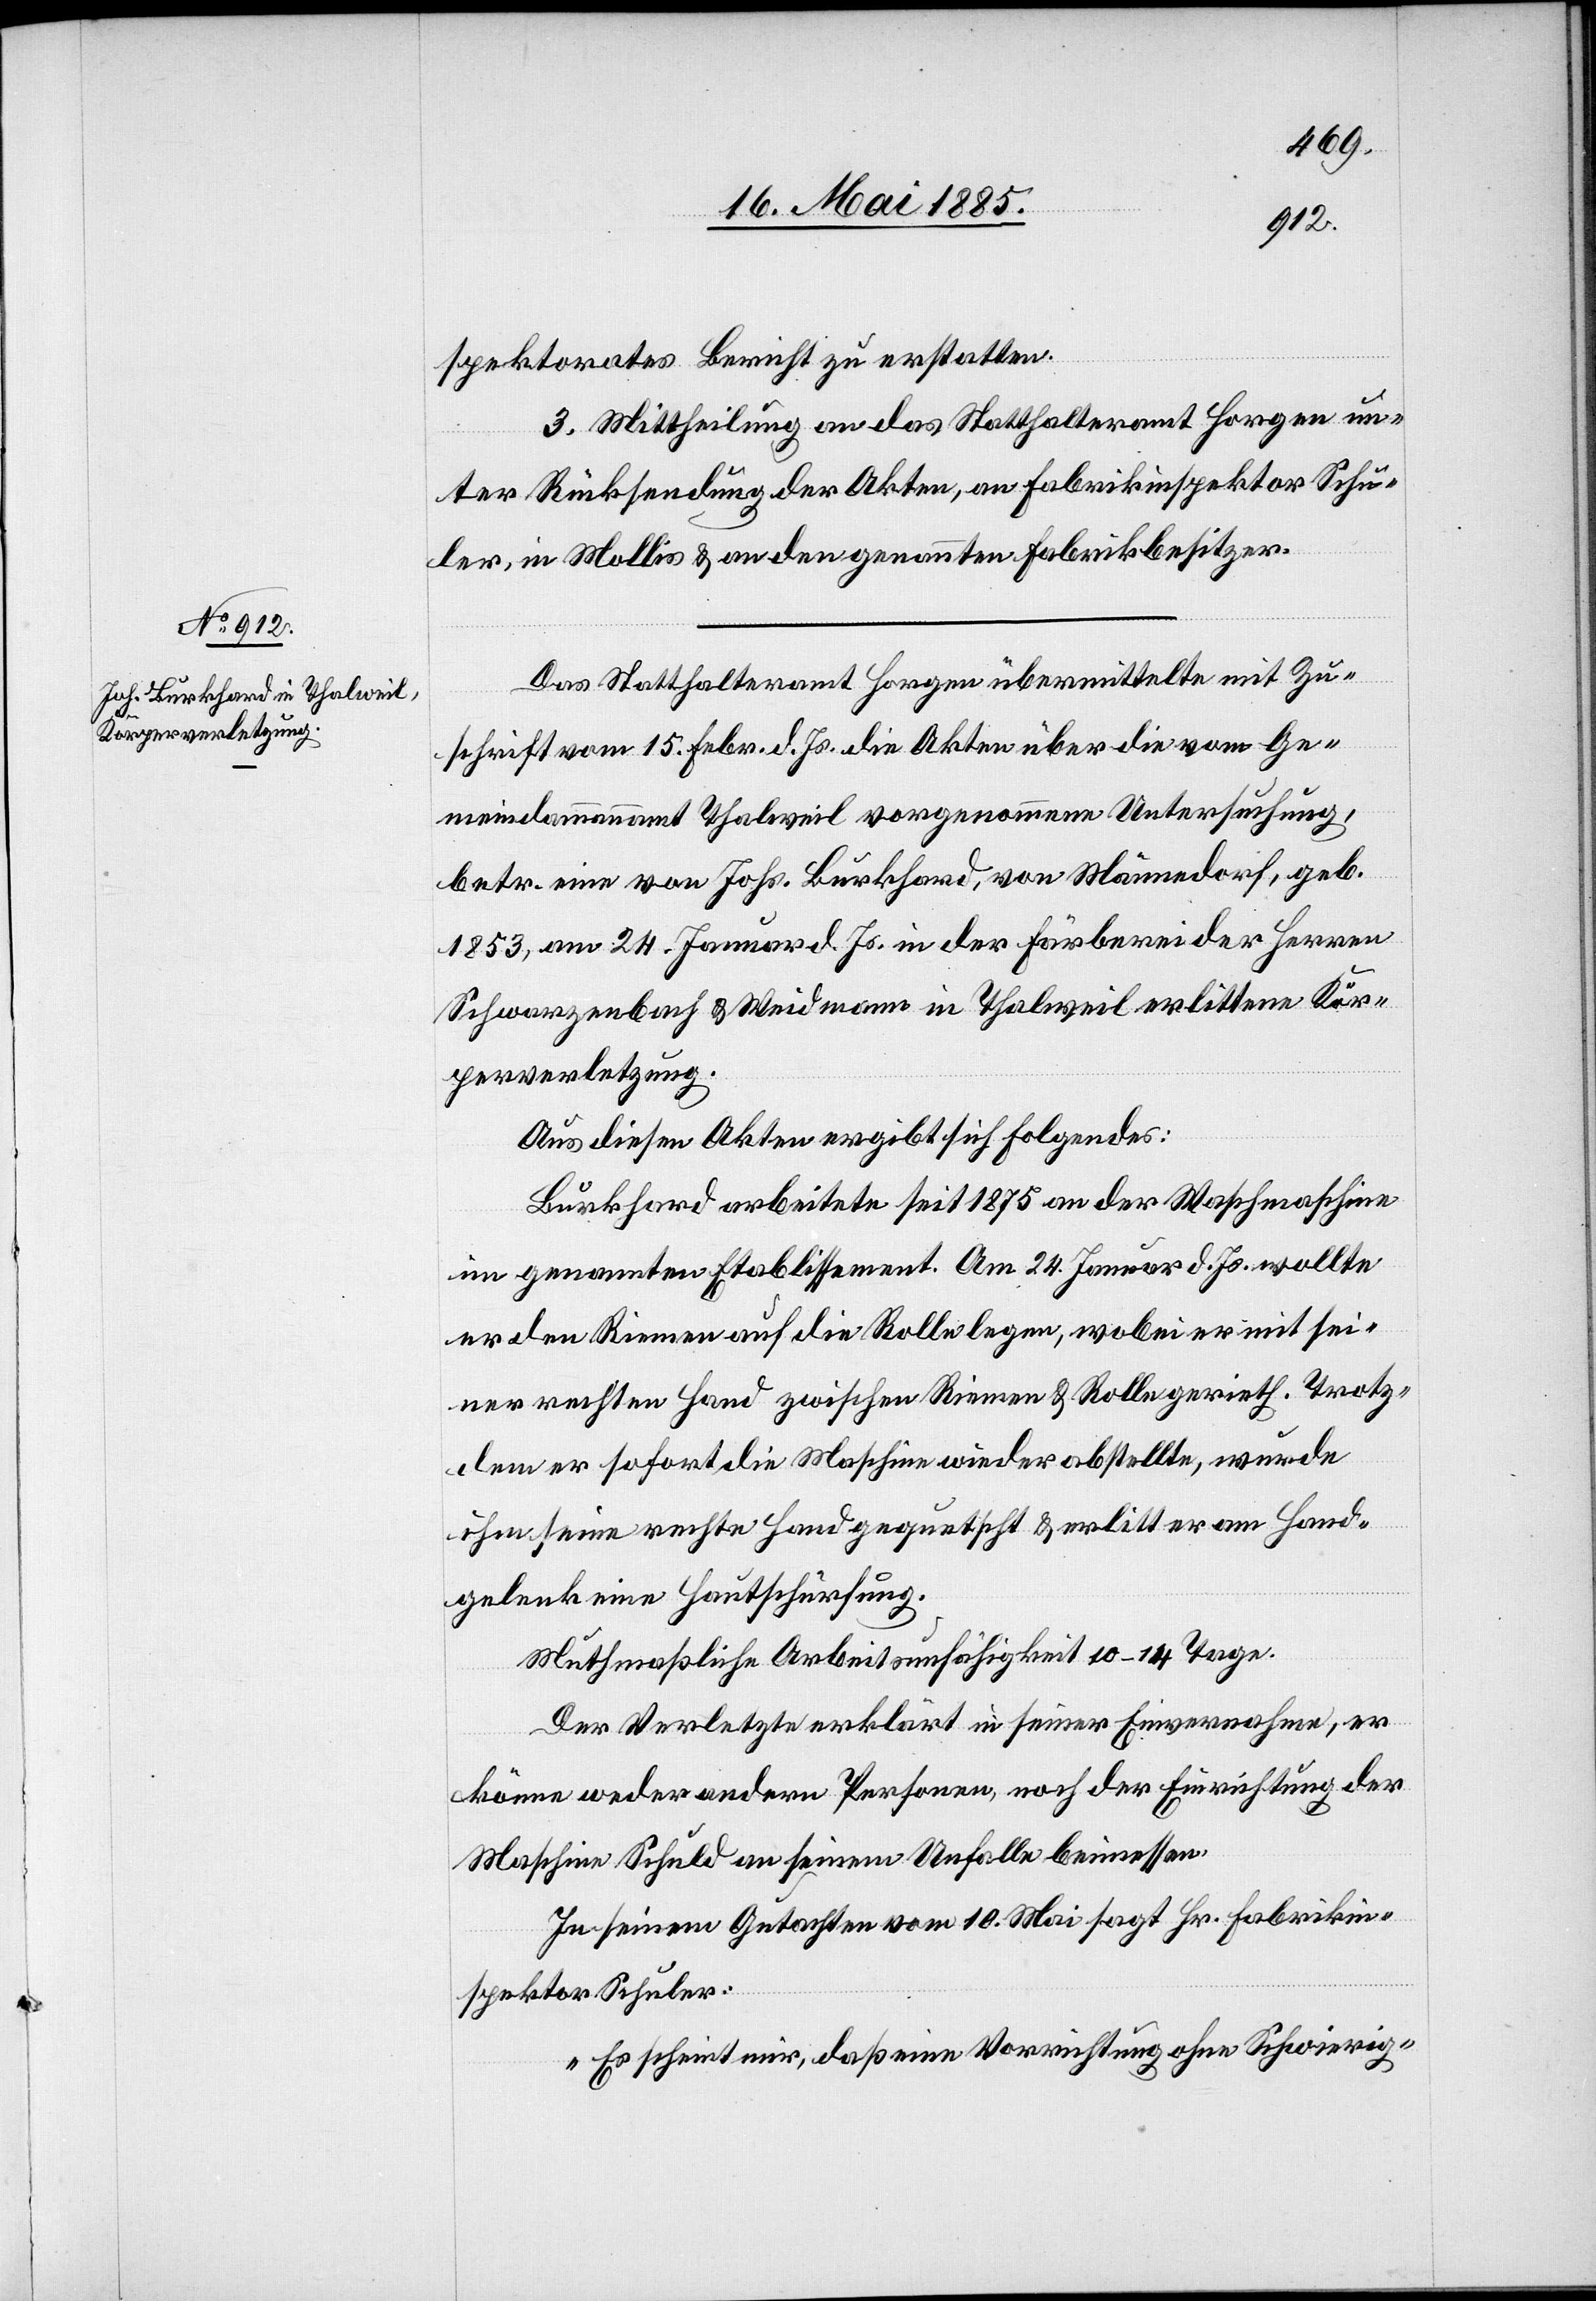
spektorates Bericht zu erstatten.
3. Mittheilung an das Statthalteramt Horgen un¬
ter Rücksendung der Akten, an Fabrikinspektor Schu¬
ler, in Mollis & an den genannten Fabrikbesitzer.
Das Statthalteramt Horgen übermittelte mit Zu¬
schrift vom 15. Februar d. Js. die Akten über die vom Ge¬
meindeammannamt Thalweil vorgenommene Untersuchung,
betr. eine von Johs. Burkhard, von Männedorf, geb.
1853, am 24. Januar d. Js. in der Färberei der Herren
Schwarzenbach & Weidmann in Thalweil erlittene Kör¬
perverletzung.
Aus diesen Akten ergibt sich folgendes:
Burkhard arbeitete seit 1875 an der Waschmaschine
im genannten Etablissement. Am 24. Januar d. Js. wollte
er den Riemen auf die Rolle legen, wobei er mit sei¬
ner rechten Hand zwischen Riemen & Rolle gerieth. Trotz¬
dem er sofort die Maschine wieder abstellte, wurde
ihm seine rechte Hand gequetscht & erlitt er am Hand¬
gelenk eine Hautschürfung.
Mutmaßliche Arbeitsunfähigkeit 10–14 Tage.
Der Verletzte erklärt in seiner Einvernahme, er
könne weder andern Personen, noch der Einrichtung der
Maschine Schuld an seinem Unfalle beimessen.
In seinem Gutachten vom 10. Mai sagt Hr. Fabrikin¬
spektor Schuler:
„Es scheint mir, daß eine Vorrichtung ohne Schwierig-